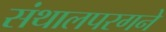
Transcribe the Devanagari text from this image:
संथालपरगने